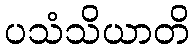
ပသံသိယာတိ